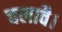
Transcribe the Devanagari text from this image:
चलावै।